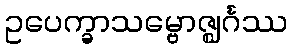
ဥပေက္ခာသမ္ဗောဇ္ဈင်္ဂဿ